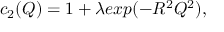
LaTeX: c _ { 2 } ( Q ) = 1 + \lambda e x p ( - R ^ { 2 } Q ^ { 2 } ) ,